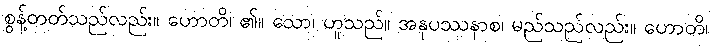
စွန့်တတ်သည်လည်း။ ဟောတိ၊ ၏။ သော၊ ဟူသည်။ အနုပဿနာစ၊ မည်သည်လည်း။ ဟောတိ၊